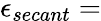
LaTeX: \epsilon_{secant}=